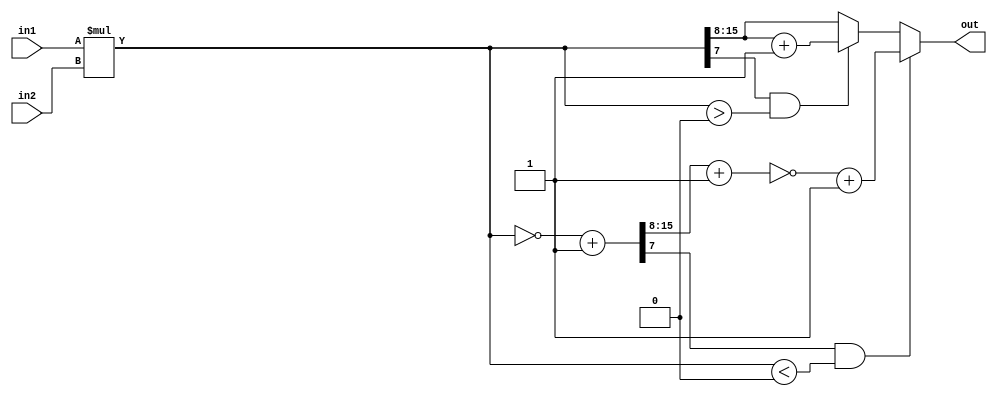
module fixedpoint_s(
	input [7:0] in1,// signed integer[7:4], decimal[3:0]
	input [7:0] in2,// signed integer[7:4], decimal[3:0]
	output reg [7:0] out// 8 bit signed integer[7:0]
);

wire signed [7:0] in1_s=in1;
wire signed [7:0] in2_s=in2;

wire signed [15:0] raw_result_s=in1_s*in2_s;

wire signed [15:0] raw_result_s_twos=(~raw_result_s)+16'b1;
wire signed [7:0] raw_result_s_twos_add=raw_result_s_twos[15:8]+8'b1;
wire signed [7:0] raw_result_s_twos_add_twos=(~raw_result_s_twos_add)+8'b1;
wire signed [15:0] zero;
assign zero=16'b0;

always@(*)begin
	if(raw_result_s_twos[7] && raw_result_s<zero)
		out=raw_result_s_twos_add_twos;
	else if(raw_result_s[7] && raw_result_s>zero)
		out=raw_result_s[15:8]+8'b1;
	else
		out=raw_result_s[15:8];
	
end

endmodule